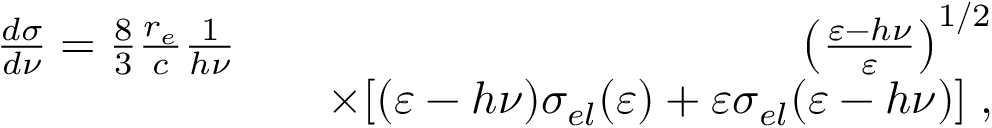
\begin{array} { r l r } { \frac { d \sigma } { d \nu } = \frac { 8 } { 3 } \frac { r _ { e } } { c } \frac { 1 } { h \nu } } & { } & { \left( \frac { \varepsilon - h \nu } { \varepsilon } \right) ^ { 1 / 2 } } \\ & { } & { \times [ ( \varepsilon - h \nu ) \sigma _ { e l } ( \varepsilon ) + \varepsilon \sigma _ { e l } ( \varepsilon - h \nu ) ] \; , } \end{array}